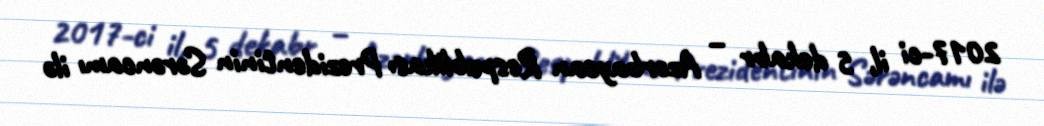
2017-ci il, 5 dekabr – Azərbaycan Respublikası Prezidentinin Sərəncamı ilə